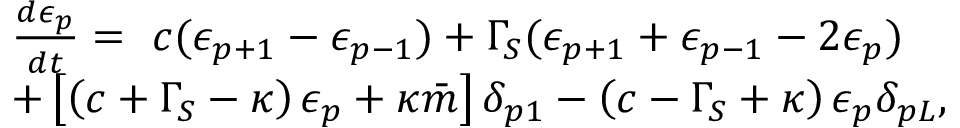
\begin{array} { r l } & { \frac { d \epsilon _ { p } } { d t } = \ c ( \epsilon _ { p + 1 } - \epsilon _ { p - 1 } ) + \Gamma _ { S } ( \epsilon _ { p + 1 } + \epsilon _ { p - 1 } - 2 \epsilon _ { p } ) } \\ & { + \left[ \left( c + \Gamma _ { S } - \kappa \right) \epsilon _ { p } + \kappa \bar { m } \right] \delta _ { p 1 } - \left( c - \Gamma _ { S } + \kappa \right) \epsilon _ { p } \delta _ { p L } , } \end{array}